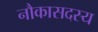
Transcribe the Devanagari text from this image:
नौकासदस्य